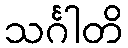
သင်္ဂါတိ